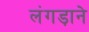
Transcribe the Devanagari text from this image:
लंगड़ाने